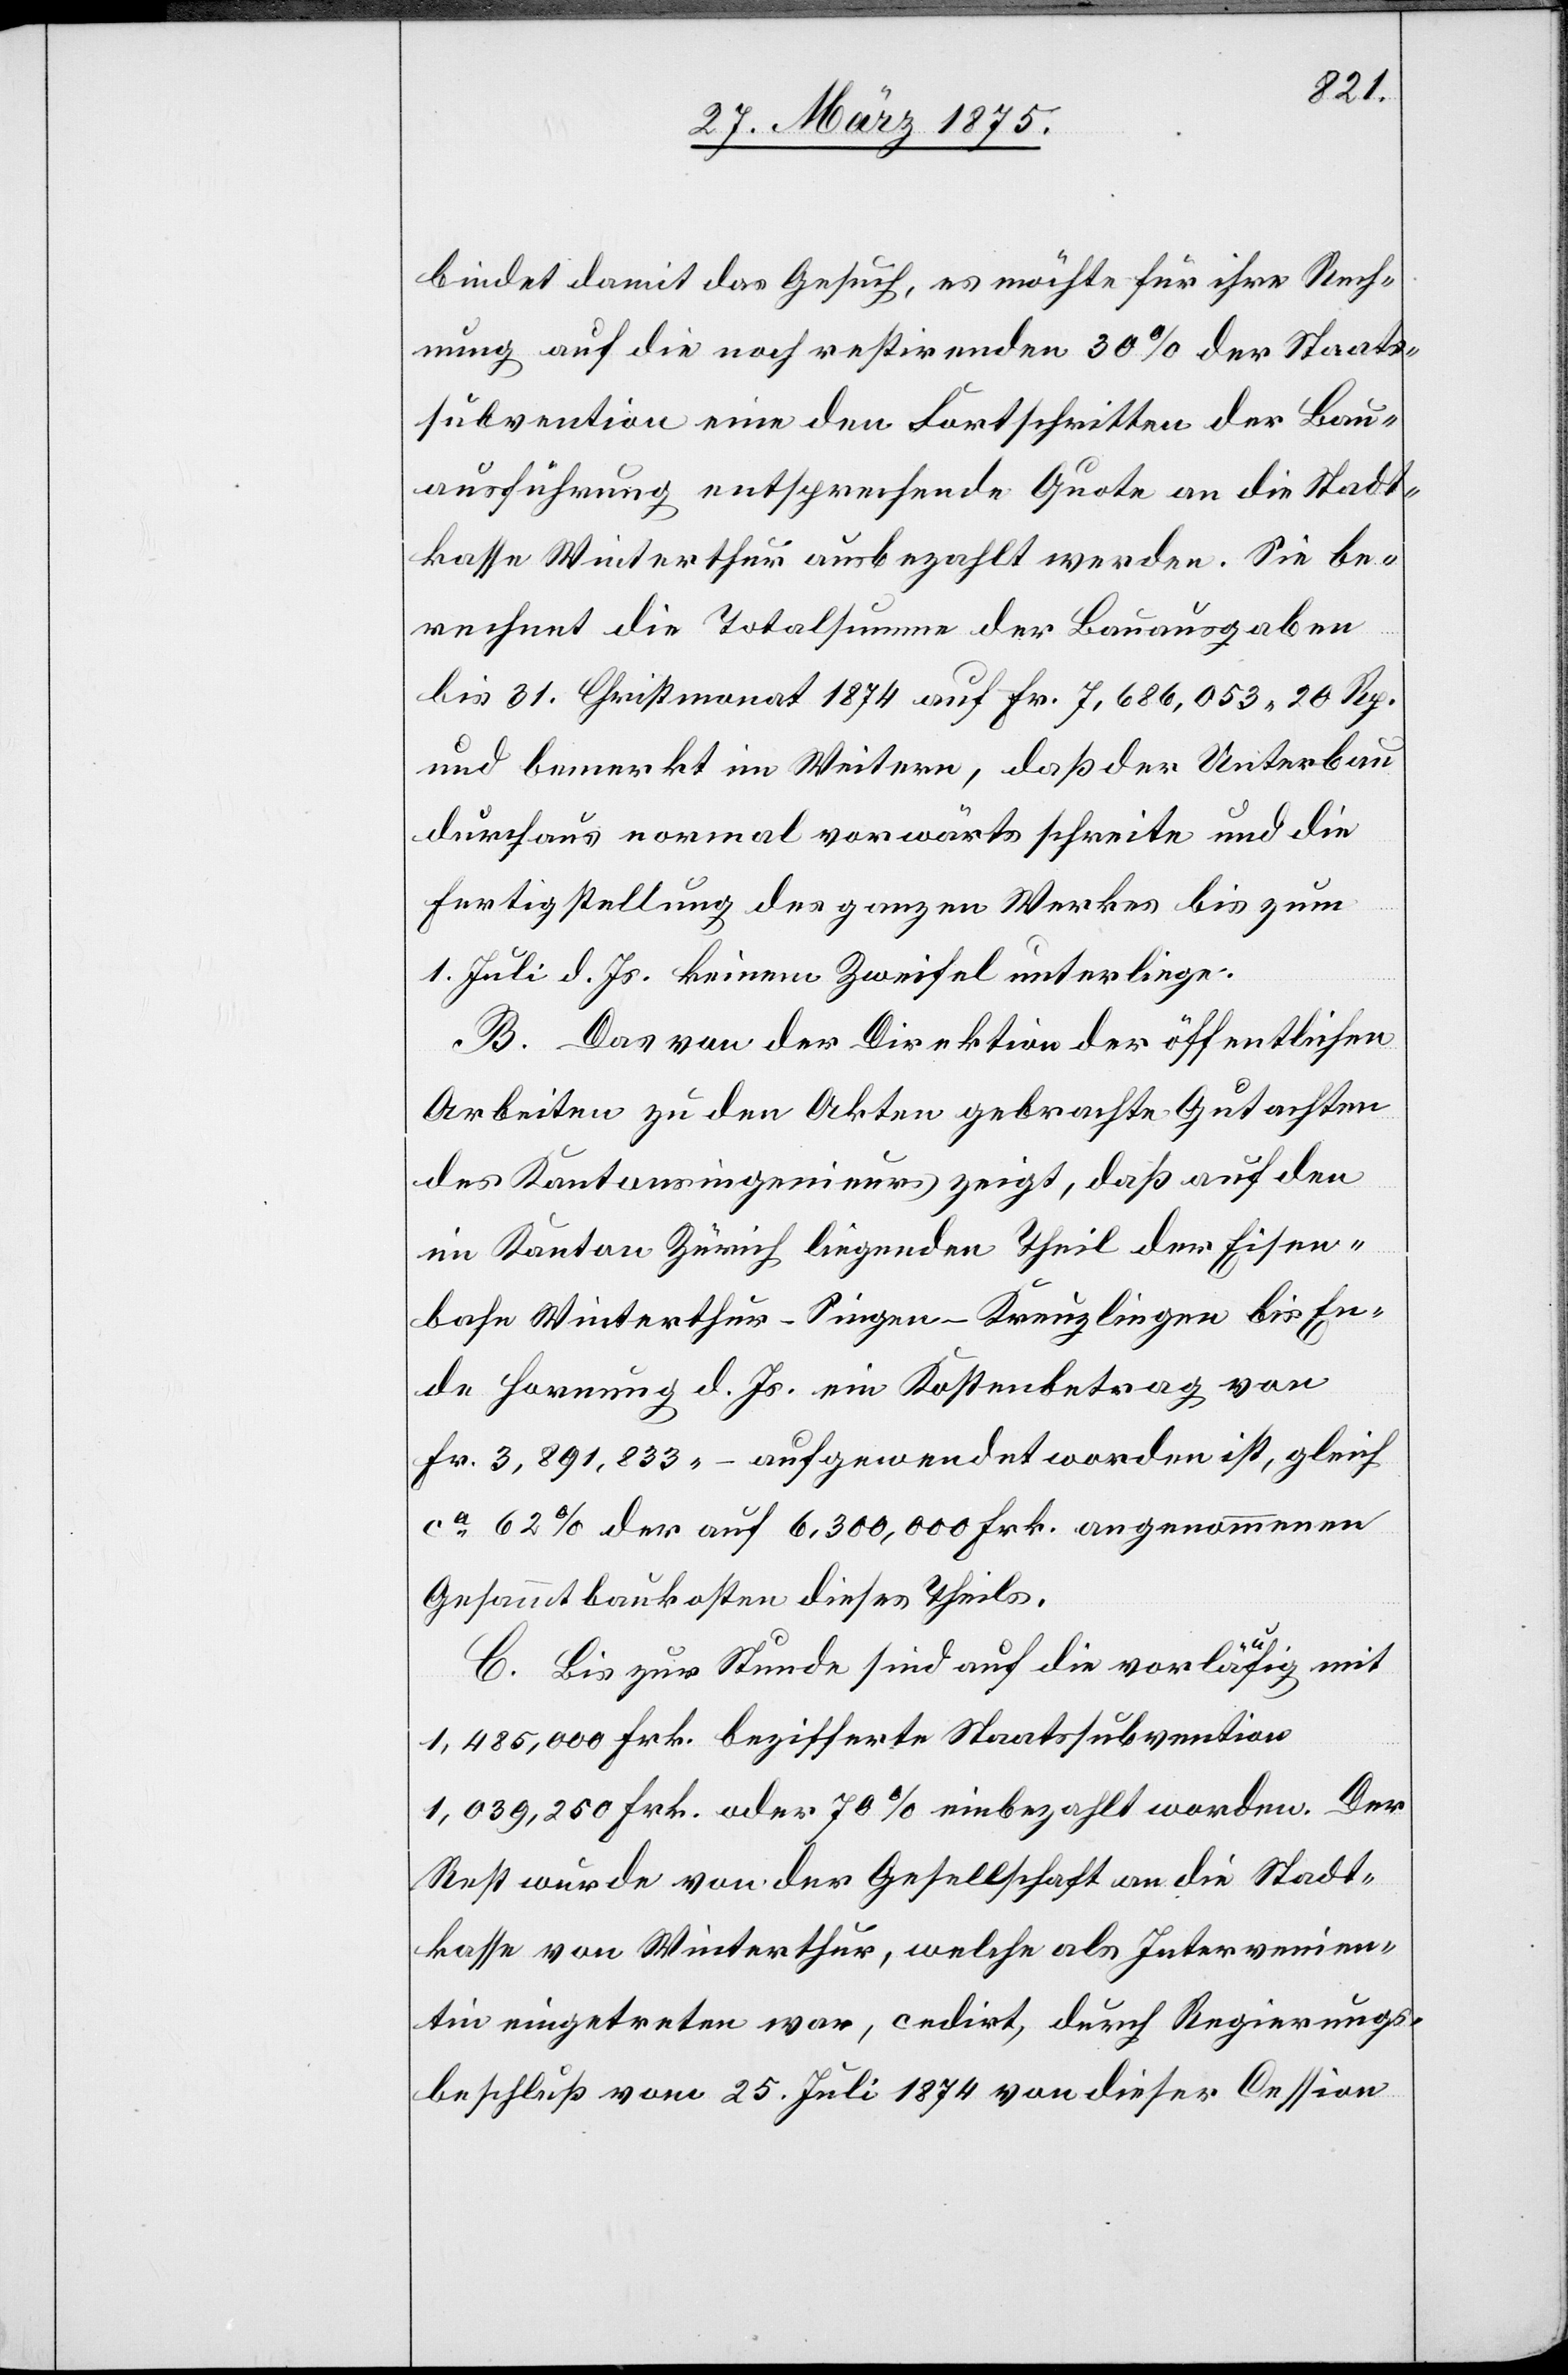
bindet damit das Gesuch, es möchte für ihre Rech¬
nung auf die noch restirenden 30% der Staats¬
subvention eine den Fortschritten der Bau¬
ausführung entsprechende Quote an die Stadt¬
kasse Winterthur ausbezahlt werden. Sie be¬
rechnet die Totalsumme der Bauausgaben
bis 31. Christmonat 1874 auf Fr. 7,686,053 20 Rp.
und bemerkt im Weitern, daß der Unterbau
durchaus normal vorwärts schreite und die
Fertigstellung des ganzen Werkes bis zum
1. Juli d. Js. keinem Zweifel unterliege.
B. Das von der Direktion der öffentlichen
Arbeiten zu den Akten gebrachte Gutachten
des Kantonsingenieurs zeigt, daß auf den
im Kanton Zürich liegenden Theil der Eisen¬
bahn Winterthur–Singen–Kreuzlingen bis En¬
de Hornung d. Js. ein Kostenbetrag von
Fr. 3,891,833 – aufgewendet worden ist, gleich
ca 62% der auf 6,300,000 Frk. angenommenen
Gesammtbaukosten dieses Theils.
C. Bis zur Stunde sind auf die vorläufig mit
1,485,000 Frk. bezifferte Staatssubvention
1,039,250 Frk. oder 70% einbezahlt worden. Der
Rest wurde von der Gesellschaft an die Stadt¬
kasse von Winterthur, welche als Intervenien¬
tin eingetreten war, cedirt, durch Regierungs¬
beschluß vom 25. Juli 1874 von dieser Cession